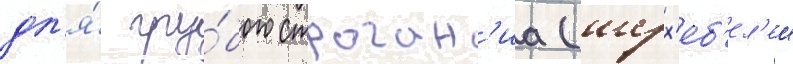
дл'я́ гру́бого строган'иа (шерх'еб'ел'еи